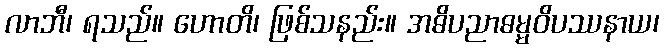
လာဘီ၊ ရသည်။ ဟောတိ၊ ဖြစ်သနည်း။ အဓိပညာဓမ္မဝိပဿနာယ၊